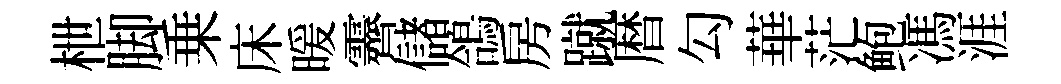
枻脚乗床暖霽儲鴿房蹴暦勾華茫鲍馮涯